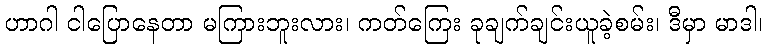
ဟာဂါ ငါပြောနေတာ မကြားဘူးလား၊ ကတ်ကြေး ခုချက်ချင်းယူခဲ့စမ်း၊ ဒီမှာ မာဒါ၊